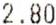
2.80